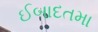
ઈબાદતમા